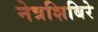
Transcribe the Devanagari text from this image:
नेत्रशिबिरे